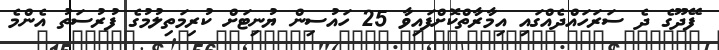
ފޭދޫގެ ދެ ސަރަހައްދެއްގައި އިމާރާތްކޮށްފައިވާ 25 ހައުސިން ޔުނިޓަށް ކުރިމަތިލުމުގެ ފުރުސަތު އެންމެ